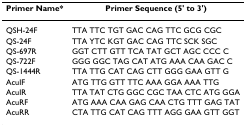
<table><thead><tr><td><b>Primer Name*</b></td><td><b>Primer Sequence (5&#x27; to 3&#x27;)</b></td></tr></thead><tbody><tr><td>QSH-24F</td><td>TTA TTC TGT GAC CAG TTC GCG CGC</td></tr><tr><td>QS-24F</td><td>TTA YTC KGT GAC CAG TTC SCK SGC</td></tr><tr><td>QS-697R</td><td>GGT CTT GTT TCA TAT GCT AGC CCC C</td></tr><tr><td>QS-722F</td><td>GGG GGC TAG CAT ATG AAA CAA GAC C</td></tr><tr><td>QS-1444R</td><td>TTA TTG CAT CAG CTT GGG GAA GTT G</td></tr><tr><td>AcuIF</td><td>ATG TTG GTT TTC AAA GGA AAA TTG</td></tr><tr><td>AcuIR</td><td>TTA TAT CTG GGC CGC TAA CTC ATG GGA</td></tr><tr><td>AcuRF</td><td>ATG AAA CAA GAG CAA CTG TTT GAG TAT</td></tr><tr><td>AcuRR</td><td>CTA TTG CAT CAG TTT AGG GAA GTT GGT</td></tr></tbody></table>